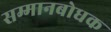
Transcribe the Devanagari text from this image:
सम्मानबोधक